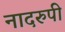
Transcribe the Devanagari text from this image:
नादरुपी